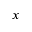
x